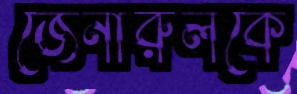
জেনারুলকে